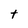
Character: t